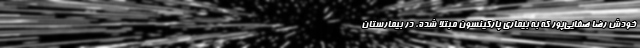
خودش رضا صفایی‌پور که به بیماری پارکینسون مبتلا شده، در بیمارستان